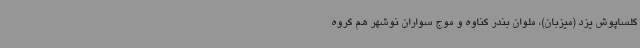
گلساپوش یزد (میزبان)، ملوان بندر گناوه و موج سواران نوشهر هم گروه